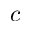
c